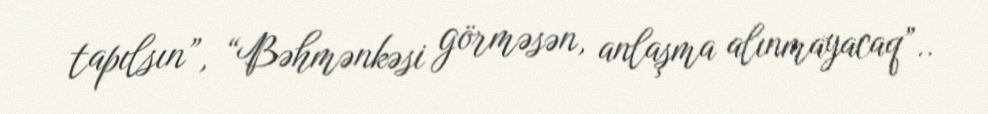
tapılsın”, “Bəhmənkəsi görməsən, anlaşma alınmayacaq”..